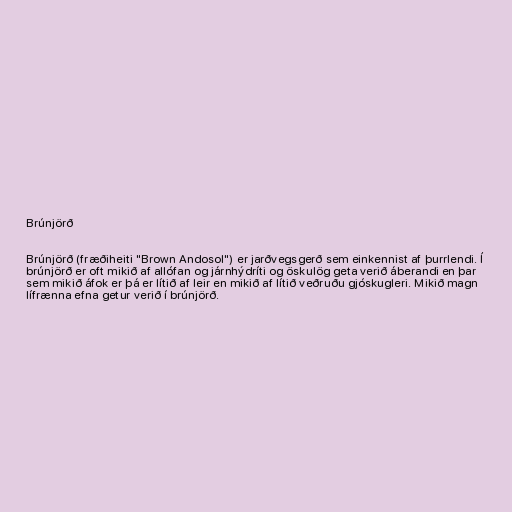
Brúnjörð

Brúnjörð (fræðiheiti "Brown Andosol") er jarðvegsgerð sem einkennist af þurrlendi. Í
brúnjörð er oft mikið af allófan og járnhýdríti og öskulög geta verið áberandi en þar
sem mikið áfok er þá er lítið af leir en mikið af lítið veðruðu gjóskugleri. Mikið magn
lífrænna efna getur verið í brúnjörð.